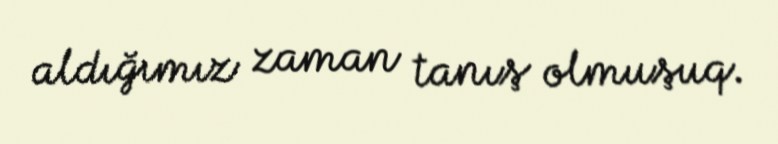
aldığımız zaman tanış olmuşuq.